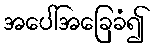
အပေါ်အခြေခံ၍